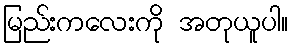
မြည်းကလေးကို အတုယူပါ။